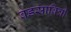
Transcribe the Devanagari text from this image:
वडसावित्री